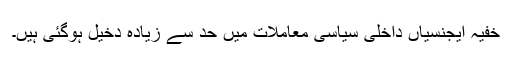
خفیہ ایجنسیاں داخلی سیاسی معاملات میں حد سے زیادہ دخیل ہوگئی ہیں۔